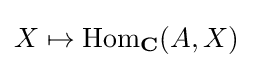
X\mapsto \mathrm {Hom} _{\mathbf {C} }(A,X)